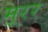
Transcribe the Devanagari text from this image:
मूरर